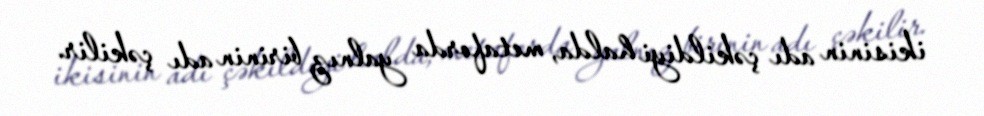
ikisinin adı çəkildiyi halda, metaforda yalnız birinin adı çəkilir.